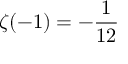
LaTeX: \zeta ( - 1 ) = - { \frac { 1 } { 1 2 } }